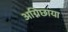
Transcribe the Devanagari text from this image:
अग्निछाया